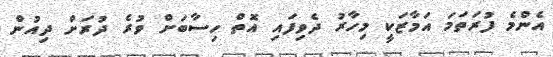
އެންމެ ފުރަތަމަ އަމާޒަކީ މިހާރު ދެވިފައި އޮތް ހިސާބަށް ވުރެ ދުރަށް ދިއުން